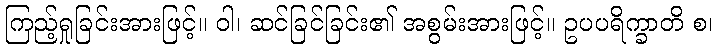
ကြည့်ရှုခြင်းအားဖြင့်။ ဝါ၊ ဆင်ခြင်ခြင်း၏ အစွမ်းအားဖြင့်။ ဥပပရိက္ခာတိ စ၊